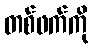
တစ်ဖက်ကို